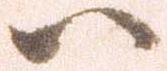
ハ